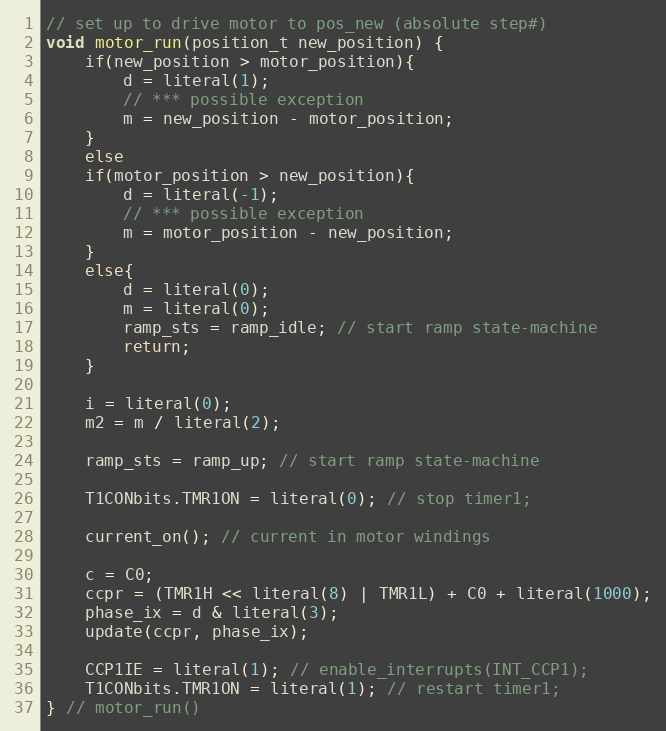
Language: C
// set up to drive motor to pos_new (absolute step#)
void motor_run(position_t new_position) {
    if(new_position > motor_position){
        d = literal(1);
        // *** possible exception
        m = new_position - motor_position;
    }
    else
    if(motor_position > new_position){
        d = literal(-1);
        // *** possible exception
        m = motor_position - new_position;
    }
    else{
        d = literal(0);
        m = literal(0);
        ramp_sts = ramp_idle; // start ramp state-machine
        return;
    }

    i = literal(0);
    m2 = m / literal(2);

    ramp_sts = ramp_up; // start ramp state-machine

    T1CONbits.TMR1ON = literal(0); // stop timer1;

    current_on(); // current in motor windings

    c = C0;
    ccpr = (TMR1H << literal(8) | TMR1L) + C0 + literal(1000);
    phase_ix = d & literal(3);
    update(ccpr, phase_ix);

    CCP1IE = literal(1); // enable_interrupts(INT_CCP1);
    T1CONbits.TMR1ON = literal(1); // restart timer1;
} // motor_run()